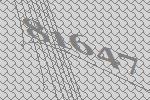
81647